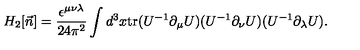
H _ { 2 } [ \vec { n } ] = \frac { \epsilon ^ { \mu \nu \lambda } } { 2 4 \pi ^ { 2 } } \int d ^ { 3 } x \mathrm { t r } ( U ^ { - 1 } \partial _ { \mu } U ) ( U ^ { - 1 } \partial _ { \nu } U ) ( U ^ { - 1 } \partial _ { \lambda } U ) .